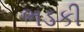
ભડકી